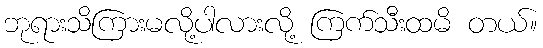
ဘုရားသိကြားမလို့ပါလားလို့ ကြက်သီးထမိ တယ်။